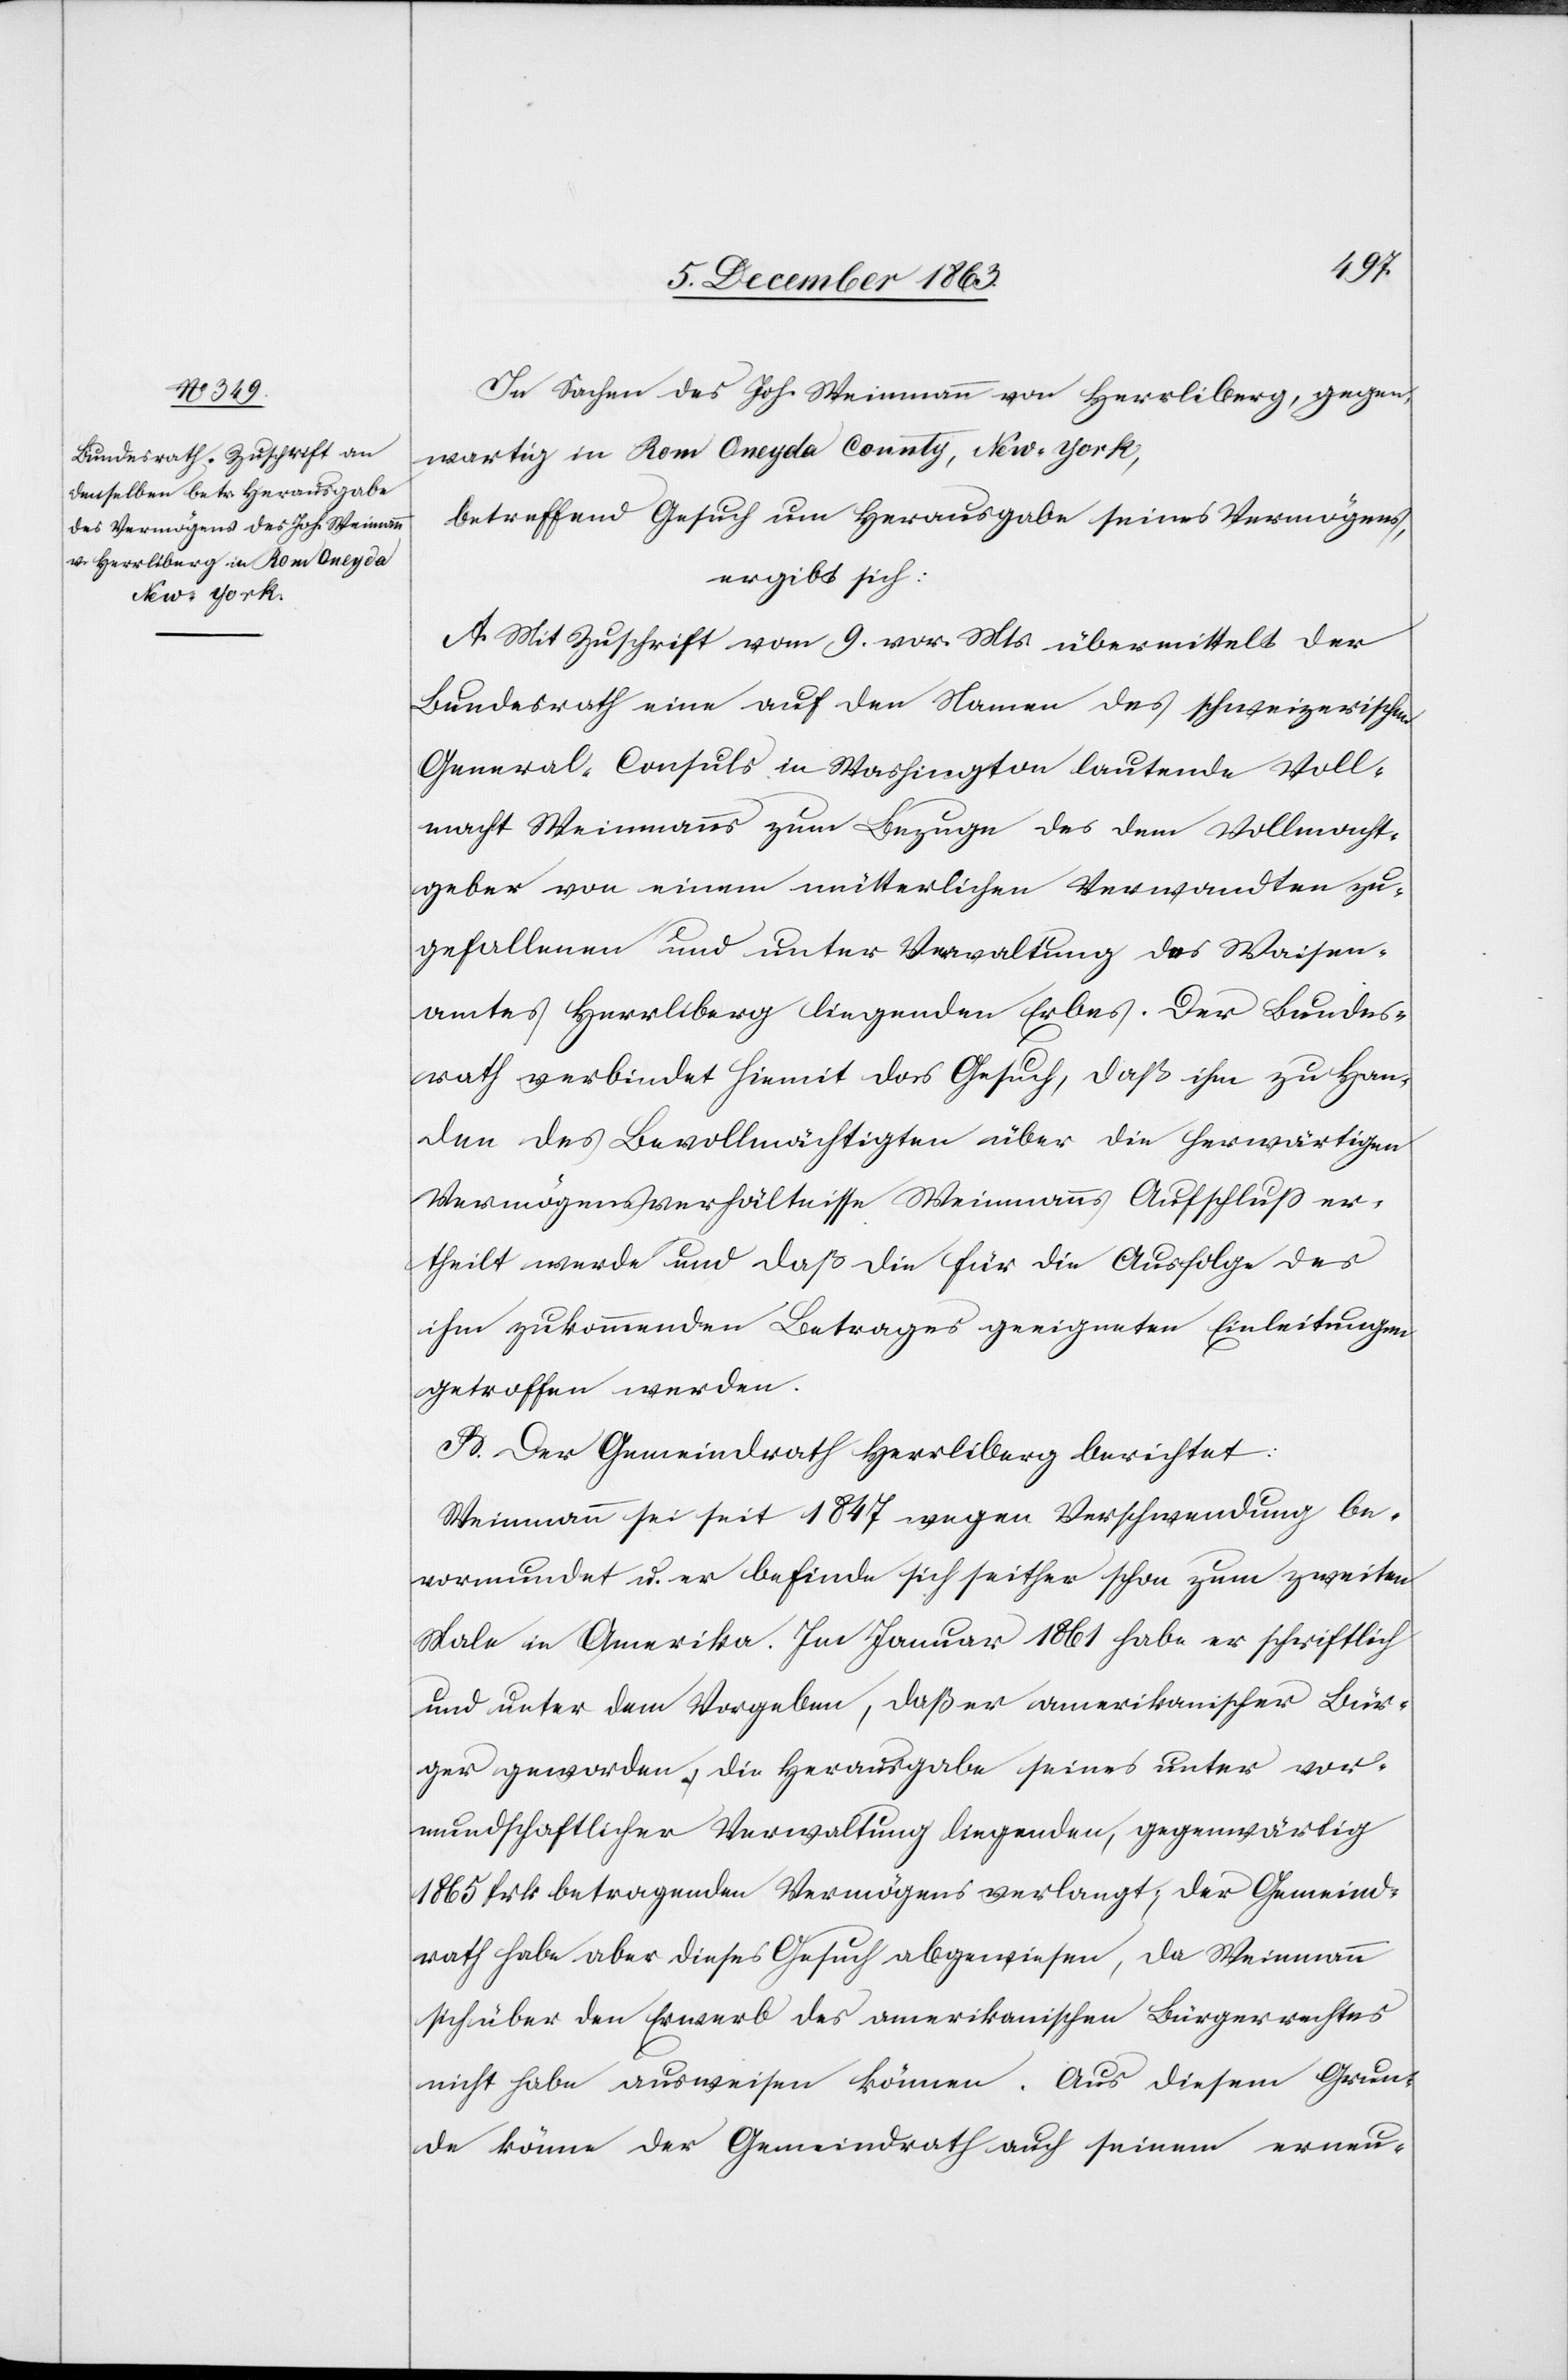
wartig
New-York,

In Sachen des Joh. Weinmann von Herrliberg, gegen¬
betreffend Gesuch um Herausgabe seines Vermögens,
ergibt sich:
A. Mit Zuschrift vom 9. vor. Mts. übermittelt der
Bundesrath eine auf den Namen des schweizerischen
General-Consuls in Washington lautende Voll¬
macht Weinmann zum Bezug des dem Vollmacht¬
geber von einem mütterlichen Verwandten zu¬
gefallenen und unter Verwaltung des Waisen¬
amtes Herrliberg liegenden Erbes. Der Bundes¬
rath verbindet hiemit das Gesuch, das ihm zu Han¬
den des Bevollmächtigten über die herwärtigen
Vermögensverhältnisse Weinmanns Aufschluss er¬
theilt werde und daß die für die Ausfolge des
ihm zukommenden Betrages geeigneten Einleitungen
getroffen werden.
B. Der Gemeindrath Herrliberg berichtet:
Weinmann sei seit 1847 wegen Verschwendung be¬
vormundet u. er befinde sich seither schon zum zweiten
Male in Amerika. Im Januar 1861 habe er schriftlich
und unter dem Vorgeben, daß er amerikanischer Bür¬
ger geworden, die Herausgabe seines unter vor¬
mundschaftlicher Verwaltung liegenden, gegenwärtig
1865 frk betragenden Vermögens verlangt; der Gemeind¬
rath habe aber dieses Gesuch abgewiesen, da Weinmann
sich über den Erwerb des amerikanischen Bürgerrechtes
nicht habe ausweisen können. Aus diesem Grun¬
de könne der Gemeindrath auch seinem erneu-